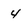
Character: 4